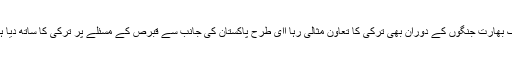
پاک بھارت جنگوں کے دوران بھی ترکی کا تعاون مثالی رہا اای طرح پاکستان کی جانب سے قبرص کے مسئلے پر ترکی کا ساتھ دیا ہے۔